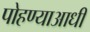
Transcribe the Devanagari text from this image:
पोहण्याआधी